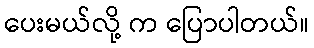
ပေးမယ်လို့ က ပြောပါတယ်။